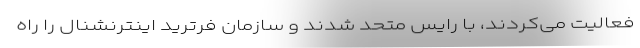
فعالیت می‌کردند، با رایس متحد شدند و سازمان فرترید اینترنشنال را راه